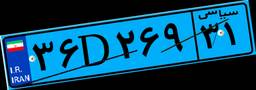
۳۱D۲۵۲۶۷